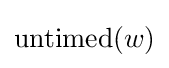
\operatorname {untimed} (w)